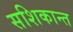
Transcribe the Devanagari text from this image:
सशिकान्त